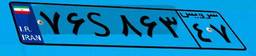
۷۶S۸۶۳۴۷